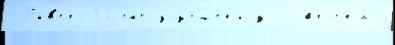
 Р'ив'ер-Пл'ейт улучшен'иjу22 Арс'ена́л